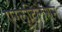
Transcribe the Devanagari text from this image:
एग्लूटिलेशन